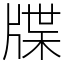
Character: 牒